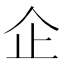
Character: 企